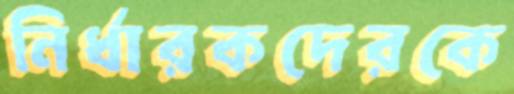
নির্ধারকদেরকে